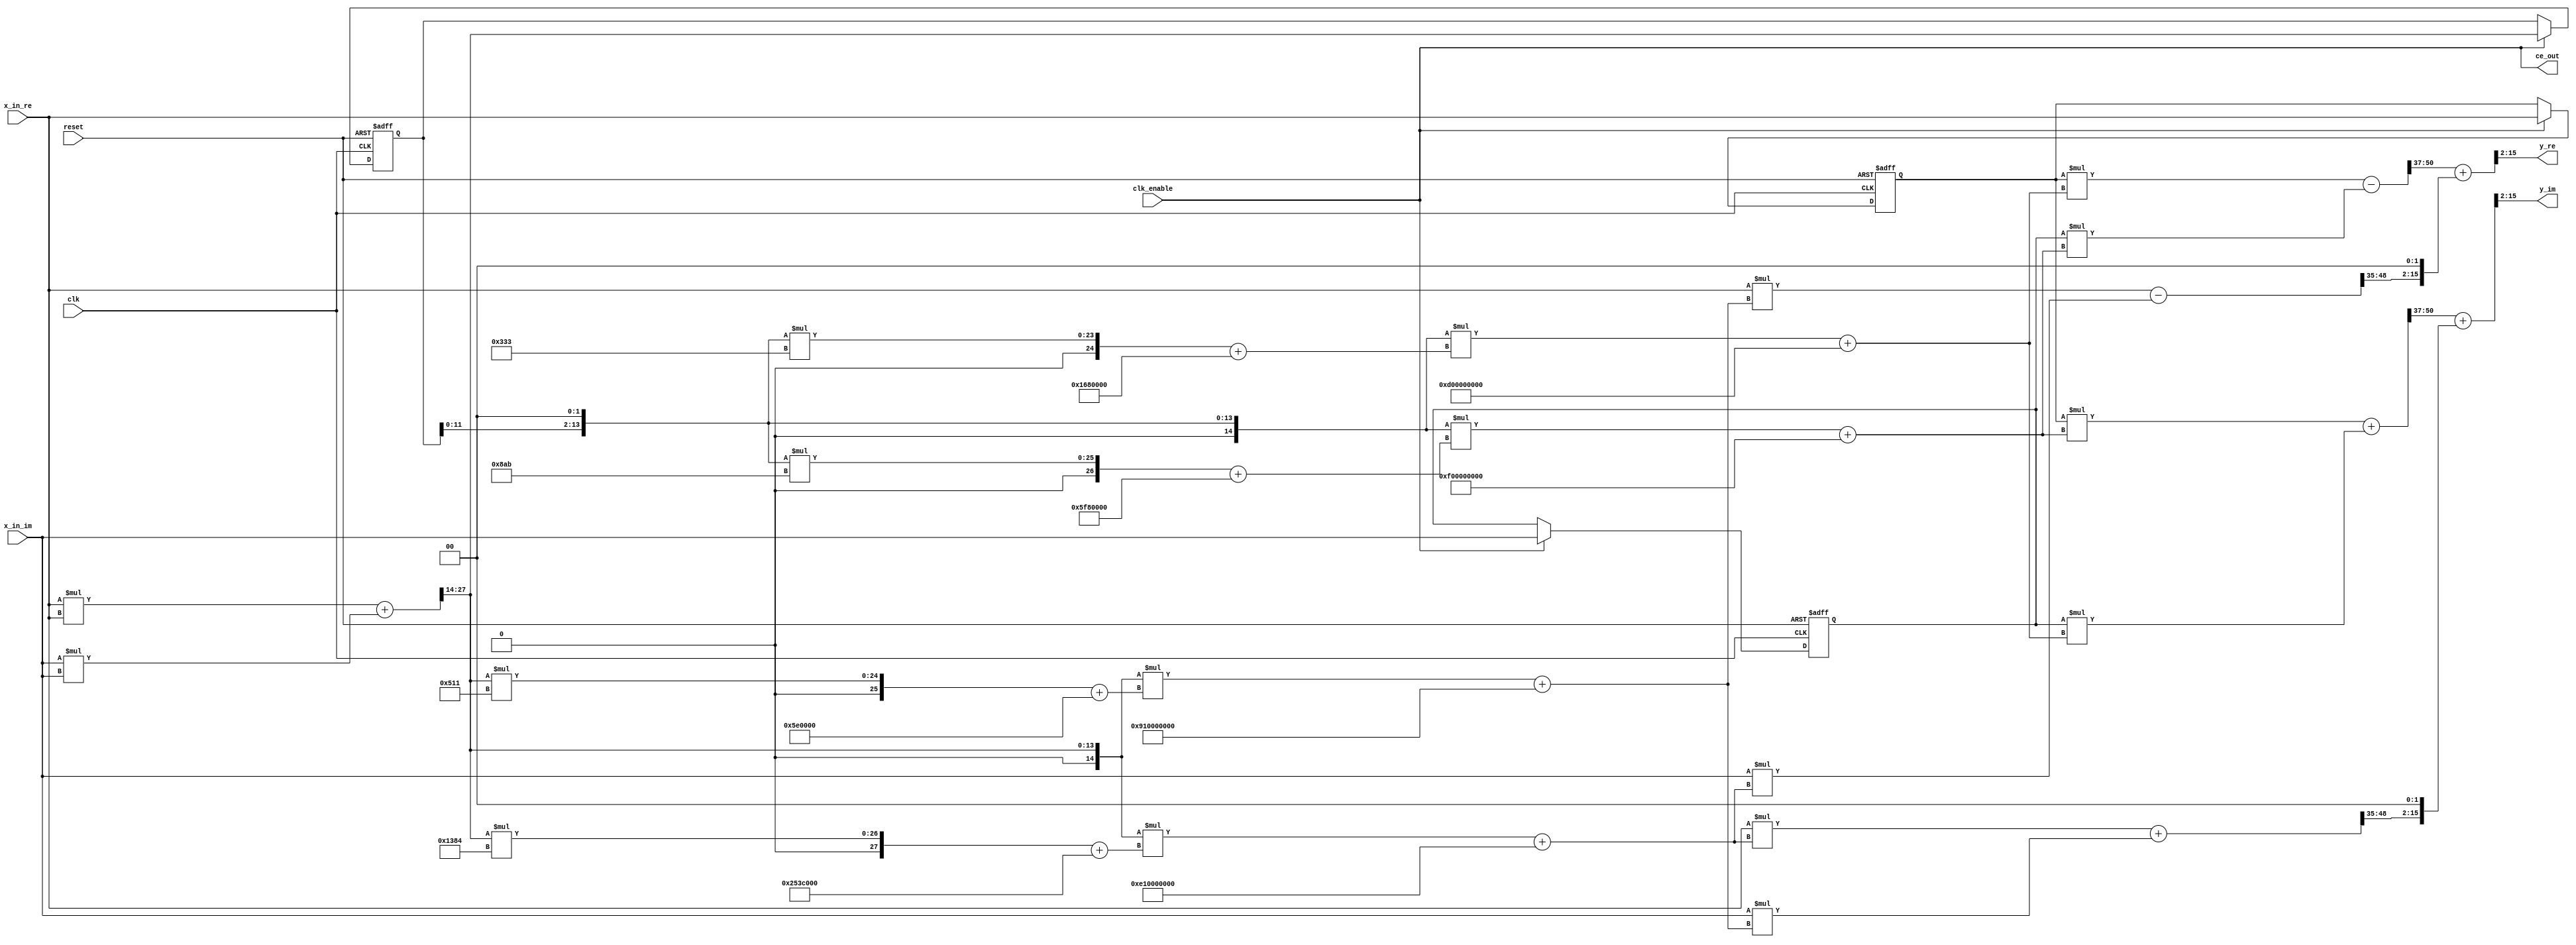
// -------------------------------------------------------------
// 
// 
// Generated by MATLAB 23.2, MATLAB Coder 23.2 and HDL Coder 23.2
// 
// 
// 
// -- -------------------------------------------------------------
// -- Rate and Clocking Details
// -- -------------------------------------------------------------
// Design base rate: 1
// 
// 
// Clock Enable  Sample Time
// -- -------------------------------------------------------------
// ce_out        1
// -- -------------------------------------------------------------
// 
// 
// Output Signal                 Clock Enable  Sample Time
// -- -------------------------------------------------------------
// y_re                          ce_out        1
// y_im                          ce_out        1
// -- -------------------------------------------------------------
// 
// -------------------------------------------------------------


// -------------------------------------------------------------
// 
// Module: Horner_poly_expansion_fixpt
// Source Path: Horner_poly_expansion_fixpt
// Hierarchy Level: 0
// 
// -------------------------------------------------------------

`timescale 1 ns / 1 ns

module Horner_poly_expansion_fixpt
          (clk,
           reset,
           clk_enable,
           x_in_re,
           x_in_im,
           ce_out,
           y_re,
           y_im);


  input   clk;
  input   reset;
  input   clk_enable;
  input   signed [13:0] x_in_re;  // sfix14_En14
  input   signed [13:0] x_in_im;  // sfix14_En14
  output  ce_out;
  output  signed [13:0] y_re;  // sfix14_En11
  output  signed [13:0] y_im;  // sfix14_En11


  wire enb;
  reg signed [13:0] in1_re;  // sfix14_En14
  reg signed [13:0] in1_im;  // sfix14_En14
  wire signed [13:0] in2_re;  // sfix14_En14
  wire signed [13:0] in2_im;  // sfix14_En14
  wire signed [13:0] ar;  // sfix14_En14
  wire signed [13:0] a;  // sfix14_En14
  wire signed [27:0] y;  // sfix28_En28
  wire signed [13:0] a_1;  // sfix14_En14
  wire signed [27:0] y_1;  // sfix28_En28
  wire [13:0] tmp;  // ufix14_En14
  wire signed [28:0] p10tmp_add_cast;  // sfix29_En28
  wire signed [28:0] p10tmp_add_cast_1;  // sfix29_En28
  wire signed [28:0] p10tmp_add_temp;  // sfix29_En28
  reg [13:0] mo1;  // ufix14_En14
  wire [13:0] mo2;  // ufix14_En16
  wire signed [27:0] cr;  // sfix28_En20
  wire signed [14:0] p43cr_cast;  // sfix15_En16
  wire signed [28:0] p43cr_mul_temp;  // sfix29_En20
  wire signed [27:0] ci;  // sfix28_En20
  wire signed [14:0] p44ci_cast;  // sfix15_En16
  wire signed [28:0] p44ci_mul_temp;  // sfix29_En20
  wire signed [30:0] c_re;  // sfix31_En20
  wire signed [30:0] c_im;  // sfix31_En20
  wire signed [30:0] p45c_add_cast;  // sfix31_En20
  wire signed [30:0] p45c_add_cast_1;  // sfix31_En20
  wire signed [30:0] br;  // sfix31_En20
  wire signed [44:0] cr_1;  // sfix45_En36
  wire signed [14:0] p48cr_cast;  // sfix15_En16
  wire signed [45:0] p48cr_mul_temp;  // sfix46_En36
  wire signed [30:0] bi;  // sfix31_En20
  wire signed [44:0] ci_1;  // sfix45_En36
  wire signed [14:0] p49ci_cast;  // sfix15_En16
  wire signed [45:0] p49ci_mul_temp;  // sfix46_En36
  wire signed [46:0] c_re_1;  // sfix47_En36
  wire signed [46:0] c_im_1;  // sfix47_En36
  wire signed [46:0] p50c_add_cast;  // sfix47_En36
  wire signed [46:0] p50c_add_cast_1;  // sfix47_En36
  wire signed [46:0] br_1;  // sfix47_En36
  wire signed [13:0] ai;  // sfix14_En14
  wire signed [46:0] bi_1;  // sfix47_En36
  wire signed [60:0] pr1;  // sfix61_En50
  wire signed [61:0] pr1in;  // sfix62_En50
  wire signed [60:0] pr2;  // sfix61_En50
  wire signed [61:0] pr2in;  // sfix62_En50
  wire signed [61:0] pre;  // sfix62_En50
  wire signed [60:0] pi1;  // sfix61_En50
  wire signed [61:0] pi1in;  // sfix62_En50
  wire signed [60:0] pi2;  // sfix61_En50
  wire signed [61:0] pi2in;  // sfix62_En50
  wire signed [61:0] pim;  // sfix62_En50
  wire signed [13:0] y_1_re;  // sfix14_En13
  wire signed [13:0] y_1_im;  // sfix14_En13
  wire signed [13:0] ar_1;  // sfix14_En14
  wire signed [27:0] cr_2;  // sfix28_En18
  wire signed [14:0] p15cr_cast;  // sfix15_En14
  wire signed [28:0] p15cr_mul_temp;  // sfix29_En18
  wire signed [27:0] ci_2;  // sfix28_En18
  wire signed [14:0] p17ci_cast;  // sfix15_En14
  wire signed [28:0] p17ci_mul_temp;  // sfix29_En18
  wire signed [28:0] c_re_2;  // sfix29_En18
  wire signed [28:0] c_im_2;  // sfix29_En18
  wire signed [28:0] p18c_add_cast;  // sfix29_En18
  wire signed [28:0] p18c_add_cast_1;  // sfix29_En18
  wire signed [28:0] br_2;  // sfix29_En18
  wire signed [42:0] cr_3;  // sfix43_En32
  wire signed [14:0] p22cr_cast;  // sfix15_En14
  wire signed [43:0] p22cr_mul_temp;  // sfix44_En32
  wire signed [28:0] bi_2;  // sfix29_En18
  wire signed [42:0] ci_3;  // sfix43_En32
  wire signed [14:0] p24ci_cast;  // sfix15_En14
  wire signed [43:0] p24ci_mul_temp;  // sfix44_En32
  wire signed [43:0] c_re_3;  // sfix44_En32
  wire signed [43:0] c_im_3;  // sfix44_En32
  wire signed [43:0] p25c_add_cast;  // sfix44_En32
  wire signed [43:0] p25c_add_cast_1;  // sfix44_En32
  wire signed [43:0] br_3;  // sfix44_En32
  wire signed [13:0] ai_1;  // sfix14_En14
  wire signed [43:0] bi_3;  // sfix44_En32
  wire signed [57:0] pr1_1;  // sfix58_En46
  wire signed [58:0] pr1in_1;  // sfix59_En46
  wire signed [57:0] pr2_1;  // sfix58_En46
  wire signed [58:0] pr2in_1;  // sfix59_En46
  wire signed [58:0] pre_1;  // sfix59_En46
  wire signed [57:0] pi1_1;  // sfix58_En46
  wire signed [58:0] pi1in_1;  // sfix59_En46
  wire signed [57:0] pi2_1;  // sfix58_En46
  wire signed [58:0] pi2in_1;  // sfix59_En46
  wire signed [58:0] pim_1;  // sfix59_En46
  wire signed [13:0] y_0_re;  // sfix14_En11
  wire signed [13:0] y_0_im;  // sfix14_En11
  wire signed [16:0] p66y_add_cast;  // sfix17_En13
  wire signed [16:0] p66y_add_cast_1;  // sfix17_En13
  wire signed [16:0] p66y_add_temp;  // sfix17_En13
  wire signed [16:0] p66y_add_cast_2;  // sfix17_En13
  wire signed [16:0] p66y_add_cast_3;  // sfix17_En13
  wire signed [16:0] p66y_add_temp_1;  // sfix17_En13


  assign enb = clk_enable;

  // HDL code generation from MATLAB function: Horner_poly_expansion_fixpt
  // %%%%%%%%%%%%%%%%%%%%%%%%%%%%%%%%%%%%%%%%%%%%%%%%%%%%%%%%%%%%%%%%%%%%%%%%%%%
  //                                                                          %
  //          Generated by MATLAB 23.2 and Fixed-Point Designer 23.2          %
  //                                                                          %
  // %%%%%%%%%%%%%%%%%%%%%%%%%%%%%%%%%%%%%%%%%%%%%%%%%%%%%%%%%%%%%%%%%%%%%%%%%%%
  // Memory Polynomial Model
  // x_in: Input signal array of length N
  // coefficients: KxM matrix of coefficients
  // M: Memory depth
  // K: Non-linearity order
  // 
  // A
  // % 
  // wordLength = 32; % 
  // fractionLength = 16; % 
  // 
  // % 
  // coef_fixed = fi(zeros(size(coef)), 1, wordLength, fractionLength);
  // 
  // % 
  // coder.hdl.loopspec('unroll');
  // for row = 1:size(coef,1)
  //     for col = 1:size(coef,2)
  //         coef_fixed(row, col) = fi(coef(row, col), 1, wordLength, fractionLength);
  //     end
  // end
  // 
  // persistent ud1 ud2 for memory
  // update input reg
  // in3 = in2;
  always @(posedge clk or posedge reset)
    begin : in1_reg_process
      if (reset == 1'b1) begin
        in1_re <= 14'sb00000000000000;
        in1_im <= 14'sb00000000000000;
      end
      else begin
        if (enb) begin
          in1_re <= x_in_re;
          in1_im <= x_in_im;
        end
      end
    end



  assign in2_re = in1_re;
  assign in2_im = in1_im;



  assign ar = in2_re;



  // module (odd only)
  assign a = x_in_re;



  assign y = a * a;



  assign a_1 = x_in_im;



  assign y_1 = a_1 * a_1;



  // memory polynomial
  assign p10tmp_add_cast = {y[27], y};
  assign p10tmp_add_cast_1 = {y_1[27], y_1};
  assign p10tmp_add_temp = p10tmp_add_cast + p10tmp_add_cast_1;
  assign tmp = p10tmp_add_temp[27:14];



  // update module reg
  always @(posedge clk or posedge reset)
    begin : mo1_reg_process
      if (reset == 1'b1) begin
        mo1 <= 14'b00000000000000;
      end
      else begin
        if (enb) begin
          mo1 <= tmp;
        end
      end
    end



  assign mo2 = {mo1[11:0], 2'b00};



  assign p43cr_cast = {1'b0, mo2};
  assign p43cr_mul_temp = p43cr_cast * 14'sb00001100110011;
  assign cr = p43cr_mul_temp[27:0];



  assign p44ci_cast = {1'b0, mo2};
  assign p44ci_mul_temp = p44ci_cast * 14'sb00100010101011;
  assign ci = p44ci_mul_temp[27:0];



  assign p45c_add_cast = {{3{cr[27]}}, cr};
  assign c_re = p45c_add_cast + 31'sb1111111011010000000000000000000;
  assign p45c_add_cast_1 = {{3{ci[27]}}, ci};
  assign c_im = p45c_add_cast_1 + 31'sb1111101111110000000000000000000;



  assign br = c_re;



  assign p48cr_cast = {1'b0, mo2};
  assign p48cr_mul_temp = p48cr_cast * br;
  assign cr_1 = p48cr_mul_temp[44:0];



  assign bi = c_im;



  assign p49ci_cast = {1'b0, mo2};
  assign p49ci_mul_temp = p49ci_cast * bi;
  assign ci_1 = p49ci_mul_temp[44:0];



  assign p50c_add_cast = {{2{cr_1[44]}}, cr_1};
  assign c_re_1 = p50c_add_cast + 47'sh000D00000000;
  assign p50c_add_cast_1 = {{2{ci_1[44]}}, ci_1};
  assign c_im_1 = p50c_add_cast_1 + 47'sh000F00000000;



  assign br_1 = c_re_1;



  assign ai = in2_im;



  assign bi_1 = c_im_1;



  assign pr1 = ar * br_1;



  assign pr1in = {pr1[60], pr1};



  assign pr2 = ai * bi_1;



  assign pr2in = {pr2[60], pr2};



  assign pre = pr1in - pr2in;



  assign pi1 = ar * bi_1;



  assign pi1in = {pi1[60], pi1};



  assign pi2 = ai * br_1;



  assign pi2in = {pi2[60], pi2};



  assign pim = pi1in + pi2in;



  assign y_1_re = pre[50:37];
  assign y_1_im = pim[50:37];



  assign ar_1 = x_in_re;



  assign p15cr_cast = {1'b0, tmp};
  assign p15cr_mul_temp = p15cr_cast * 14'sb00010100010001;
  assign cr_2 = p15cr_mul_temp[27:0];



  assign p17ci_cast = {1'b0, tmp};
  assign p17ci_mul_temp = p17ci_cast * 14'sb01001110000100;
  assign ci_2 = p17ci_mul_temp[27:0];



  assign p18c_add_cast = {cr_2[27], cr_2};
  assign c_re_2 = p18c_add_cast + 29'sb11111110111100000000000000000;
  assign p18c_add_cast_1 = {ci_2[27], ci_2};
  assign c_im_2 = p18c_add_cast_1 + 29'sb11110010100111100000000000000;



  assign br_2 = c_re_2;



  assign p22cr_cast = {1'b0, tmp};
  assign p22cr_mul_temp = p22cr_cast * br_2;
  assign cr_3 = p22cr_mul_temp[42:0];



  assign bi_2 = c_im_2;



  assign p24ci_cast = {1'b0, tmp};
  assign p24ci_mul_temp = p24ci_cast * bi_2;
  assign ci_3 = p24ci_mul_temp[42:0];



  assign p25c_add_cast = {cr_3[42], cr_3};
  assign c_re_3 = p25c_add_cast + 44'shFF910000000;
  assign p25c_add_cast_1 = {ci_3[42], ci_3};
  assign c_im_3 = p25c_add_cast_1 + 44'sh00E10000000;



  assign br_3 = c_re_3;



  assign ai_1 = x_in_im;



  assign bi_3 = c_im_3;



  assign pr1_1 = ar_1 * br_3;



  assign pr1in_1 = {pr1_1[57], pr1_1};



  assign pr2_1 = ai_1 * bi_3;



  assign pr2in_1 = {pr2_1[57], pr2_1};



  assign pre_1 = pr1in_1 - pr2in_1;



  assign pi1_1 = ar_1 * bi_3;



  assign pi1in_1 = {pi1_1[57], pi1_1};



  assign pi2_1 = ai_1 * br_3;



  assign pi2in_1 = {pi2_1[57], pi2_1};



  assign pim_1 = pi1in_1 + pi2in_1;



  assign y_0_re = pre_1[48:35];
  assign y_0_im = pim_1[48:35];



  assign p66y_add_cast = {{3{y_1_re[13]}}, y_1_re};
  assign p66y_add_cast_1 = {y_0_re[13], {y_0_re, 2'b00}};
  assign p66y_add_temp = p66y_add_cast + p66y_add_cast_1;
  assign y_re = p66y_add_temp[15:2];
  assign p66y_add_cast_2 = {{3{y_1_im[13]}}, y_1_im};
  assign p66y_add_cast_3 = {y_0_im[13], {y_0_im, 2'b00}};
  assign p66y_add_temp_1 = p66y_add_cast_2 + p66y_add_cast_3;
  assign y_im = p66y_add_temp_1[15:2];



  assign ce_out = clk_enable;

endmodule  // Horner_poly_expansion_fixpt